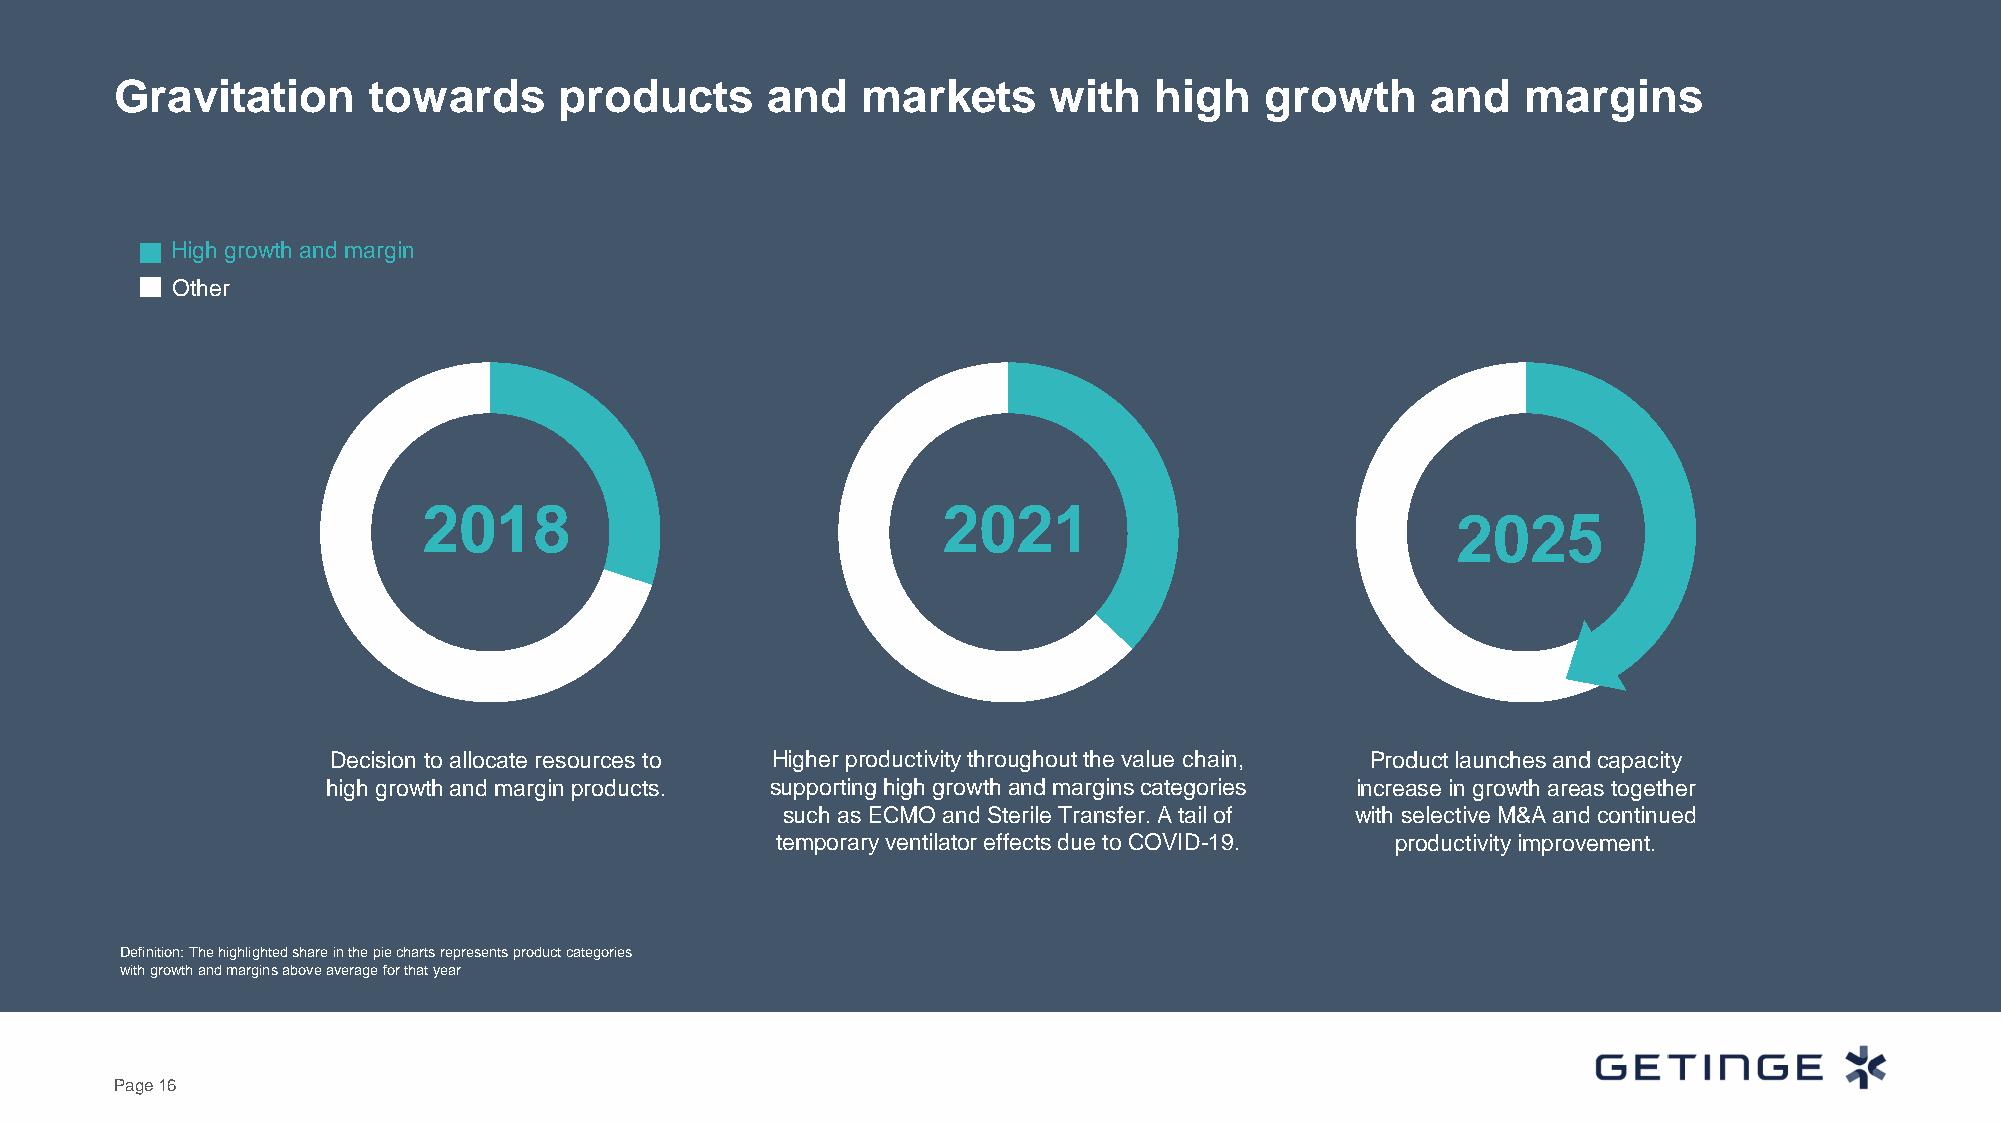
Gravitation     towards      products      and   markets      with  high    growth     and   margins
 High growth and margin
 Other
 2018                              2021
 2025
 Decision to allocate resources to Higher productivity throughout the value chain, Product launches and capacity
 high growth and margin products. supporting high growth and margins categories increase in growth areas together
 such as ECMO and Sterile Transfer. A tail of with selective M&A and continued
 temporary ventilator effects due to COVID-19. productivity improvement.
 Definition: The highlighted share in the pie charts represents product categories
 with growth and margins above average for that year
 Page 16